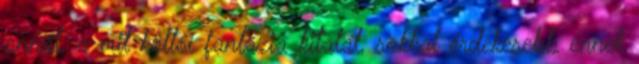
annál, a mit költői fantázia kitalál, sokkal érdekesebb ennek